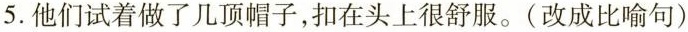
5.他们试着做了几顶帽子，扣在头上很舒服。(改成比喻句)